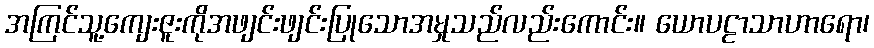
အကြင်သူ့ကျေးဇူးကိုအဖျင်းဖျင်းပြုသောအမှုသည်လည်းကောင်း။ ယောပဠာသာဟာရော၊